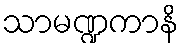
သာမဏ္ဍကာနိ